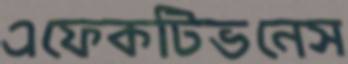
এফেকটিভনেস